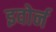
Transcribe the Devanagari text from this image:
इवोर्न